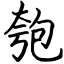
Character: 匏